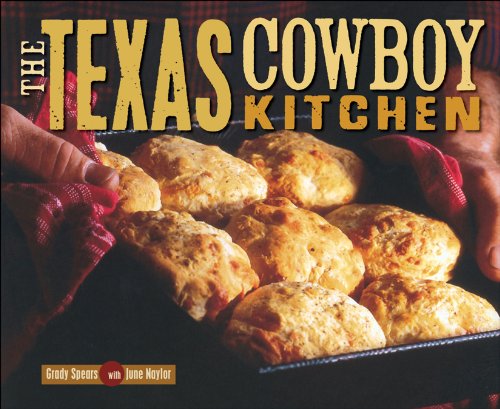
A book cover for The Texas Cowboy Kitchen; Grady Spears; Cookbooks, Food & Wine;